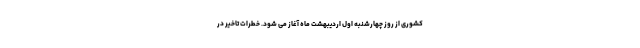
کشوری از روز چهارشنبه اول اردیبهشت ماه آغاز می شود. خطرات تاخیر در